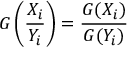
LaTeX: G \left( { \frac { X _ { i } } { Y _ { i } } } \right) = { \frac { G ( X _ { i } ) } { G ( Y _ { i } ) } }